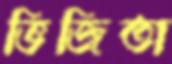
ভিজিতা